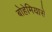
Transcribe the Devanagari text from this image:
बोहेमियासे